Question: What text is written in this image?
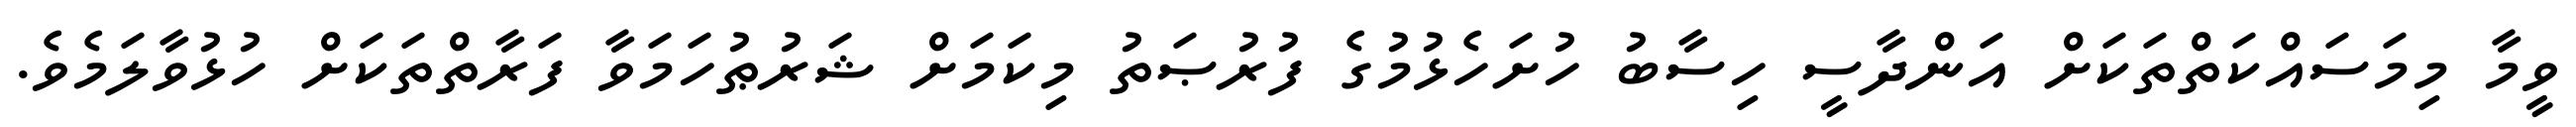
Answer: ވީމާ މިމަސައްކަތްތަކަށް އަންދާސީ ހިސާބު ހުށަހެޅުމުގެ ފުރުޞަތު މިކަމަށް ޝަރުޠުހަމަވާ ފަރާތްތަކަށް ހުޅުވާލަމެވެ.